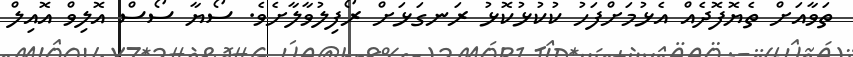
ތަވާއަށް ތެޔޮފޮދެއް އެޅުމަށްފަހު ކުކުޅުކޮޅު ރަނގަޅަށް ރޯފިލުވާލާށެވެ. ސޯޔާާ ސޯސް އޮލިވް އޮއިލް